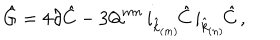
\hat { G } = 4 \partial \hat { C } - 3 \mathsf { Q } ^ { m n } \, i _ { \hat { k } _ { \scriptscriptstyle ( m ) } } \! \hat { C } \, i _ { \hat { k } _ { \scriptscriptstyle ( n ) } } \! \hat { C } \, ,